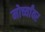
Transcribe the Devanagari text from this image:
मोर्च्यांवर